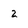
Character: 2